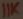
Text: 11K